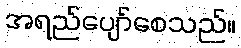
အရည်ပျော်စေသည်။